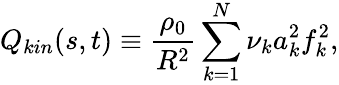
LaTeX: Q_{kin}(s,t)\equiv\frac{\rho_{0}}{R^{2}}\sum_{k=1}^{N}\nu_{k}a_{k}^{2}f_{k}^{2},